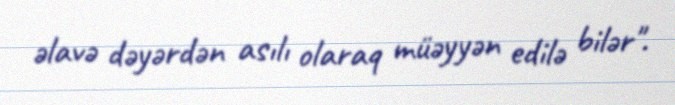
əlavə dəyərdən asılı olaraq müəyyən edilə bilər".